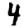
Digit: 4